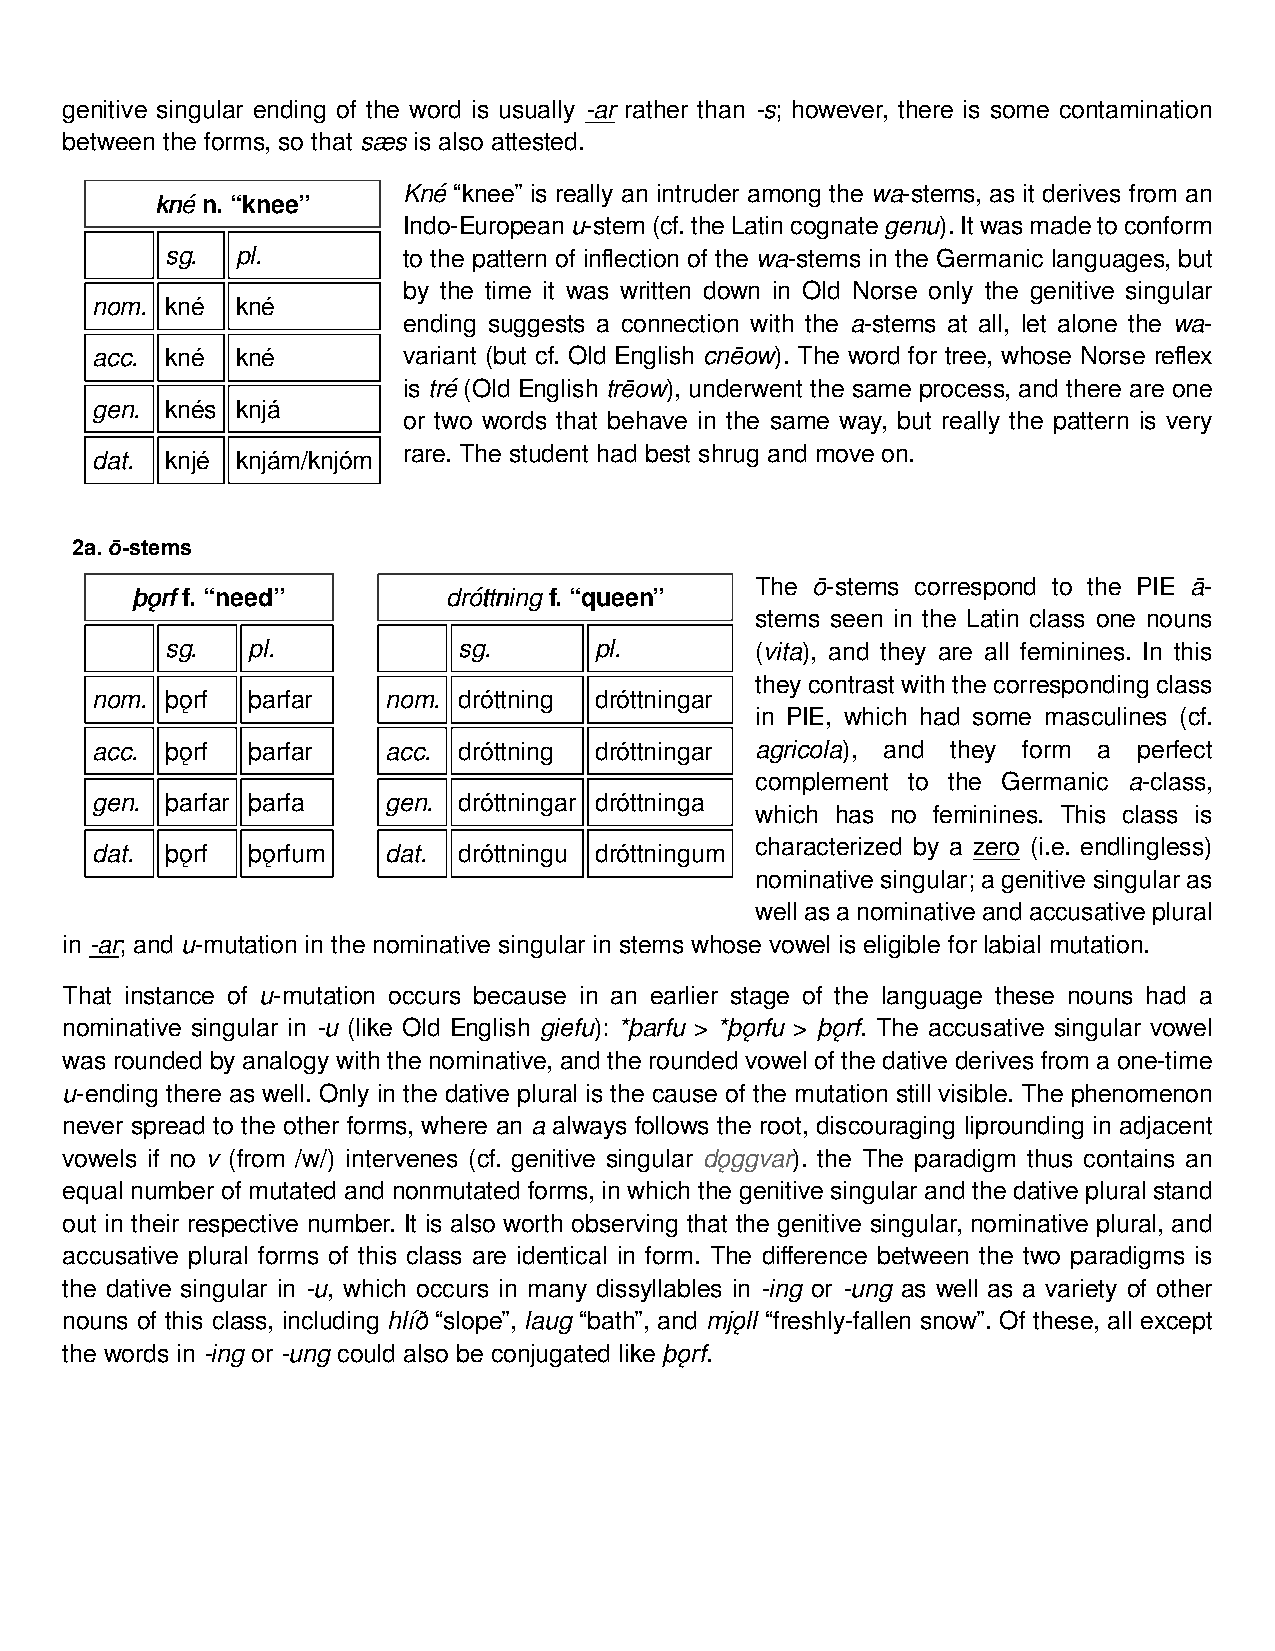
genitive singular ending of the word is usually -ar rather than -s; however, there is some contamination
 between the forms, so that sæs is also attested.
 Kné “knee” is really an intruder among the wa-stems, as it derives from an
 kknnéé n. “knee”
 Indo-Europeanu-stem(cf.theLatincognategenu).Itwasmadetoconform
 sg.  pl.        to the pattern of inflection of the wa-stems in the Germanic languages, but
 by the time it was written down in Old Norse only the genitive singular
 nom. kné  kné
 ending suggests a connection with the a-stems at all, let alone the wa-
 acc. kné  kné        variant (but cf. Old English cnēow). The word for tree, whose Norse reflex
 is tré (Old English trēow), underwent the same process, and there are one
 gen. knés knjá
 or two words that behave in the same way, but really the pattern is very
 rare. The student had best shrug and move on.
 dat. knjé knjám/knjóm
 2a.ō-stems
 The ō-stems correspond to the PIE ā-
 þþǫǫrrff f. “need”   ddrróóttttnniinngg f. “queen”
 stems seen in the Latin class one nouns
 sg.  pl.           sg.      pl.        (vita), and they are all feminines. In this
 they contrast with the corresponding class
 nom. þǫrf þarfar    nom. dróttning dróttningar
 in PIE, which had some masculines (cf.
 acc. þǫrf þarfar    acc. dróttning dróttningar agricola), and they form a perfect
 complement to the Germanic a-class,
 gen. þarfar þarfa   gen. dróttningar dróttninga
 which has no feminines. This class is
 characterized by a zero (i.e. endlingless)
 dat. þǫrf þǫrfum    dat. dróttningu dróttningum
 nominative singular; a genitive singular as
 well as a nominative and accusative plural
 in -ar; and u-mutation in the nominative singular in stems whose vowel is eligible for labial mutation.
 That instance of u-mutation occurs because in an earlier stage of the language these nouns had a
 nominative singular in -u (like Old English giefu): *þarfu > *þǫrfu > þǫrf. The accusative singular vowel
 was rounded by analogy with the nominative, and the rounded vowel of the dative derives from a one-time
 u-ending there as well. Only in the dative plural is the cause of the mutation still visible. The phenomenon
 never spread to the other forms, where an a always follows the root, discouraging liprounding in adjacent
 vowels if no v (from /w/) intervenes (cf. genitive singular dǫggvar). the The paradigm thus contains an
 equal number of mutated and nonmutated forms, in which the genitive singular and the dative plural stand
 out in their respective number. It is also worth observing that the genitive singular, nominative plural, and
 accusative plural forms of this class are identical in form. The difference between the two paradigms is
 the dative singular in -u, which occurs in many dissyllables in -ing or -ung as well as a variety of other
 nouns of this class, including hlíð “slope”, laug “bath”, and mjǫll “freshly-fallen snow”. Of these, all except
 the words in -ing or -ung could also be conjugated like þǫrf.